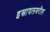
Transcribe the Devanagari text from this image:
इस्रायलवरील